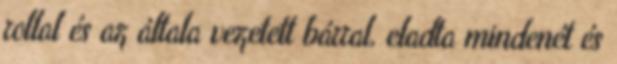
rollal és az általa vezetett bárral, eladta mindenét és